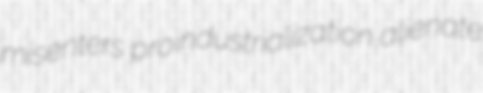
misenters proindustrialization alienate